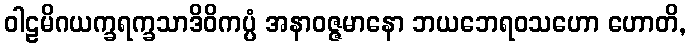
ဝါဠမိဂယက္ခရက္ခသာဒိဝိကပ္ပံ အနာဝဇ္ဇမာနော ဘယဘေရဝသဟော ဟောတိ,